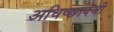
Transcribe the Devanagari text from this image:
अधिष्छादेवी